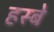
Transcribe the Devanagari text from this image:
हस्बे